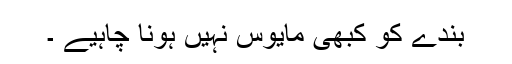
بندے کو کبھی مایوس نہیں ہونا چاہیے ۔